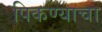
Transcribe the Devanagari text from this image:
पिकण्याचा